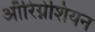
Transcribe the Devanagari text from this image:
ऑरिग्नेशियन